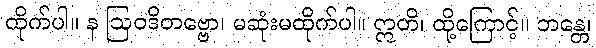
ထိုက်ပါ။ န ဩဝဒိတဗ္ဗော၊ မဆုံးမထိုက်ပါ။ ဣတိ၊ ထို့ကြောင့်။ ဘန္တေ၊